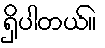
ရှိပါတယ်။